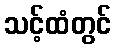
သင့်ထံတွင်